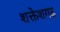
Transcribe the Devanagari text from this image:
शक्तेशगढ़